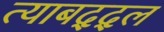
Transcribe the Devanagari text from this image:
त्याबद्द्ल